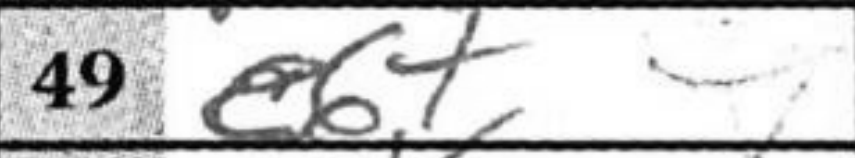
Transcription: e6+